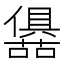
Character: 𭌛